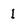
Character: I